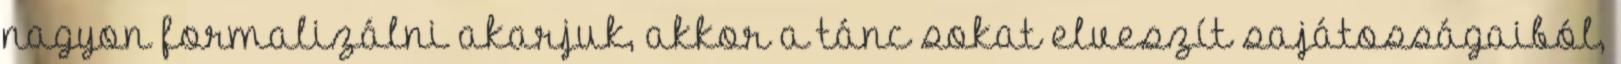
nagyon formalizálni akarjuk, akkor a tánc sokat elveszít sajátosságaiból,